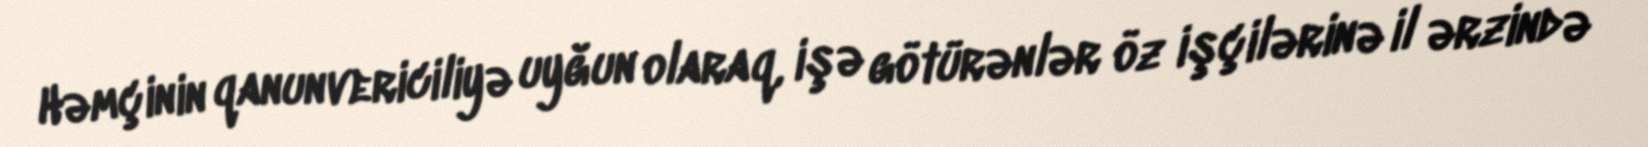
Həmçinin qanunvericiliyə uyğun olaraq, işə götürənlər öz işçilərinə il ərzində